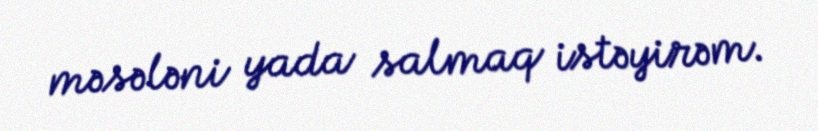
məsələni yada salmaq istəyirəm.